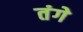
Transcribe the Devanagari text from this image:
तंगे